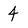
Character: 4